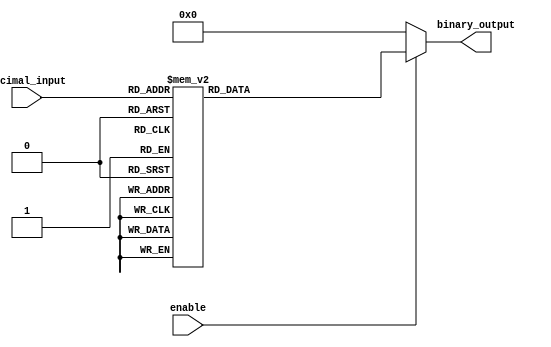
module DecimalToBinaryEncoder (
    input wire [3:0] decimal_input, // 4-bit decimal input
    input wire enable,               // Enable signal
    output reg [3:0] binary_output   // 4-bit binary output
);

// Always block to handle combinational logic
always @(*) begin
    // Check if enable is low
    if (!enable) begin
        binary_output = 4'b0000; // Default state when enable is low
    end else begin
        // Default output to 0
        binary_output = 4'b0000;

        // Check the decimal input and assign the corresponding binary output
        case (decimal_input)
            4'b0000: binary_output = 4'b0000; // 0
            4'b0001: binary_output = 4'b0001; // 1
            4'b0010: binary_output = 4'b0010; // 2
            4'b0011: binary_output = 4'b0011; // 3
            4'b0100: binary_output = 4'b0100; // 4
            4'b0101: binary_output = 4'b0101; // 5
            4'b0110: binary_output = 4'b0110; // 6
            4'b0111: binary_output = 4'b0111; // 7
            4'b1000: binary_output = 4'b1000; // 8
            4'b1001: binary_output = 4'b1001; // 9
            default: binary_output = 4'b0000; // Invalid input case
        endcase
    end
end

endmodule